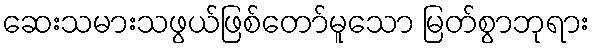
ဆေးသမားသဖွယ်ဖြစ်တော်မူသော မြတ်စွာဘုရား